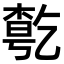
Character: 𠄃